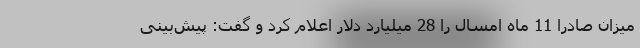
میزان صادرا 11 ماه امسال را 28 میلیارد دلار اعلام کرد و گفت: پیش‌بینی